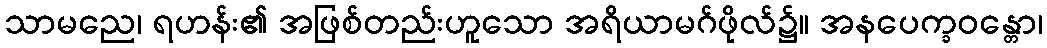
သာမညေ၊ ရဟန်း၏ အဖြစ်တည်းဟူသော အရိယာမဂ်ဖိုလ်၌။ အနပေက္ခဝန္တော၊